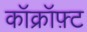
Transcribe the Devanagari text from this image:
कॉक्रॉफ़्ट